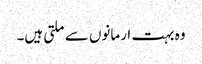
وہ بہت ارمانوں سے ملتی ہیں۔